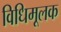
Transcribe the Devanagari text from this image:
विधिमूलक